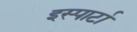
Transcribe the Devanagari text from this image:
इस्पार्टा